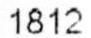
1812